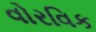
વોરવિક